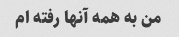
من به همه آنها رفته ام